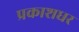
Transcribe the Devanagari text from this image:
प्रकाशधर